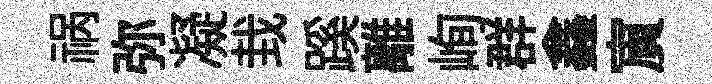
祸弥凝㘽蹊離峋群鑫賔